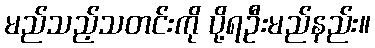
မည်သည့်သတင်းကို ပို့ရဦးမည်နည်း။